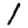
Digit: 1